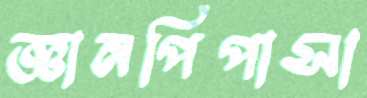
জ্ঞানপিপাসা